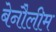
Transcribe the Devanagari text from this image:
बेनौलीम